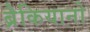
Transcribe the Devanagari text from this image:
ब्रैकियानो